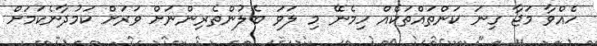
ހެއްވާ މަޖާ ގިނަ ކަންތައްތަކެއް ހިމެނޭ މި ލަވަ ބެލުންތެެރިންނަށް ވަރަށް ކަމުދާނެކަމަށް